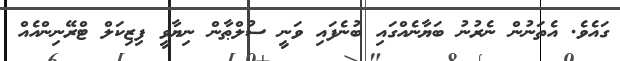
ގައެވެ. އެތަނުން ނެރުނު ބަޔާނެއްގައި ބުނެފައި ވަނީ ސުލްޠާން ނިޔާވީ ފިޒިކަލް ޓްރޭނިންއެއް